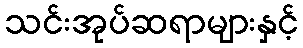
သင်းအုပ်ဆရာများနှင့်